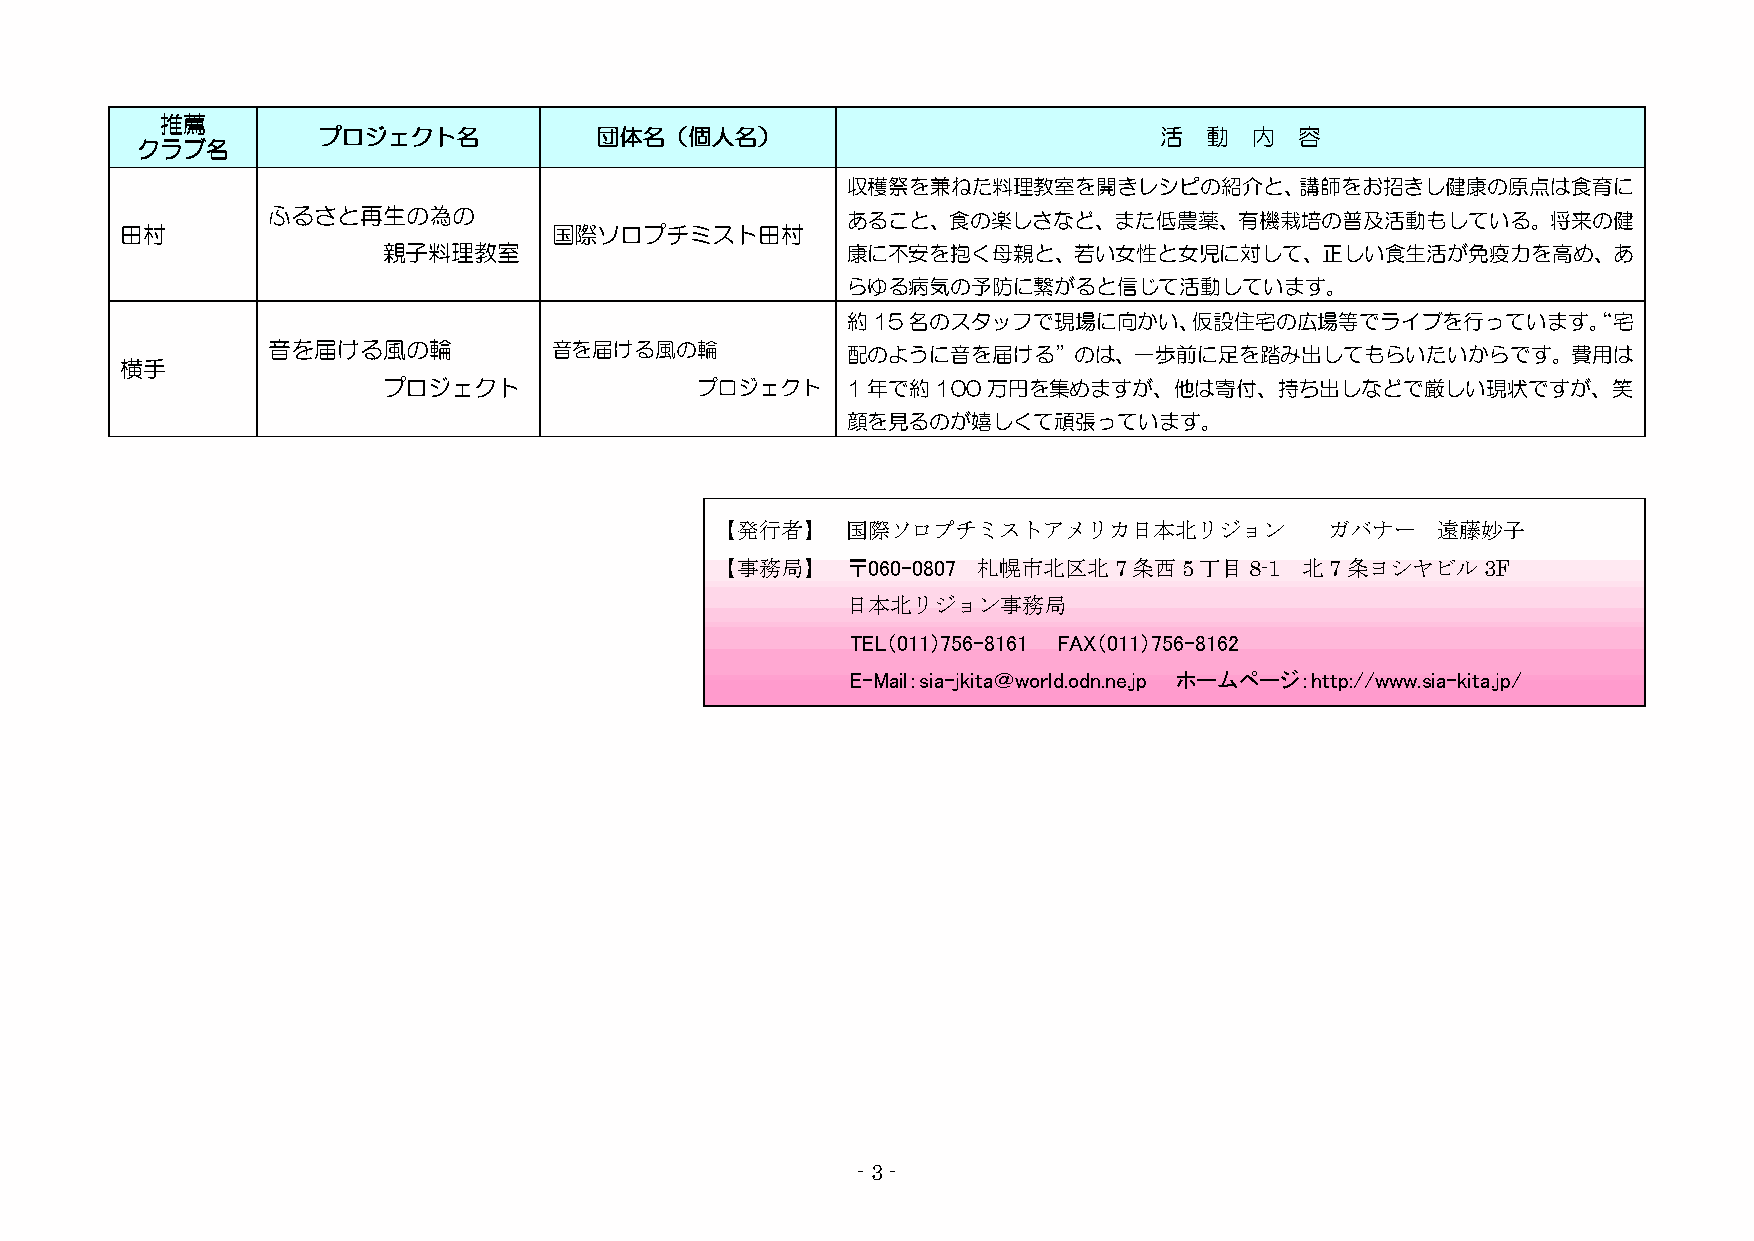
推推推推薦薦薦薦
 ププププロロロロジジジジェェェェククククトトトト名名名名 団団団団体体体体名名名名（（（（個個個個人人人人名名名名）））） 活活活活 動動動動 内内内内 容容容容
 ククククララララブブブブ名名名名
 収穫祭を兼ねた料理教室を開きレシピの紹介と、講師をお招きし健康の原点は食育に
 ふるさと再生の為の                             あること、食の楽しさなど、また低農薬、有機栽培の普及活動もしている。将来の健
 田村                           国際ソロプチミスト田村
 親子料理教室                         康に不安を抱く母親と、若い女性と女児に対して、正しい食生活が免疫力を高め、あ
 らゆる病気の予防に繋がると信じて活動しています。
 約15名のスタッフで現場に向かい、仮設住宅の広場等でライブを行っています。“宅
 音を届ける風の輪           音を届ける風の輪           配のように音を届ける”のは、一歩前に足を踏み出してもらいたいからです。費用は
 横手
 プロジェクト               プロジェクト    1年で約100万円を集めますが、他は寄付、持ち出しなどで厳しい現状ですが、笑
 顔を見るのが嬉しくて頑張っています。
 【発行者】    国際ソロプチミストアメリカ日本北リジョン            ガバナー   遠藤妙子
 【事務局】    〒060-0807 札幌市北区北7条西5丁目8-1     北7条ヨシヤビル3F
 日本北リジョン事務局
 TEL（011）756-8161 FAX（011）756-8162
 E-Mail：sia-jkita＠world.odn.ne.jp ホームページ：http://www.sia-kita.jp/
 - 3 -